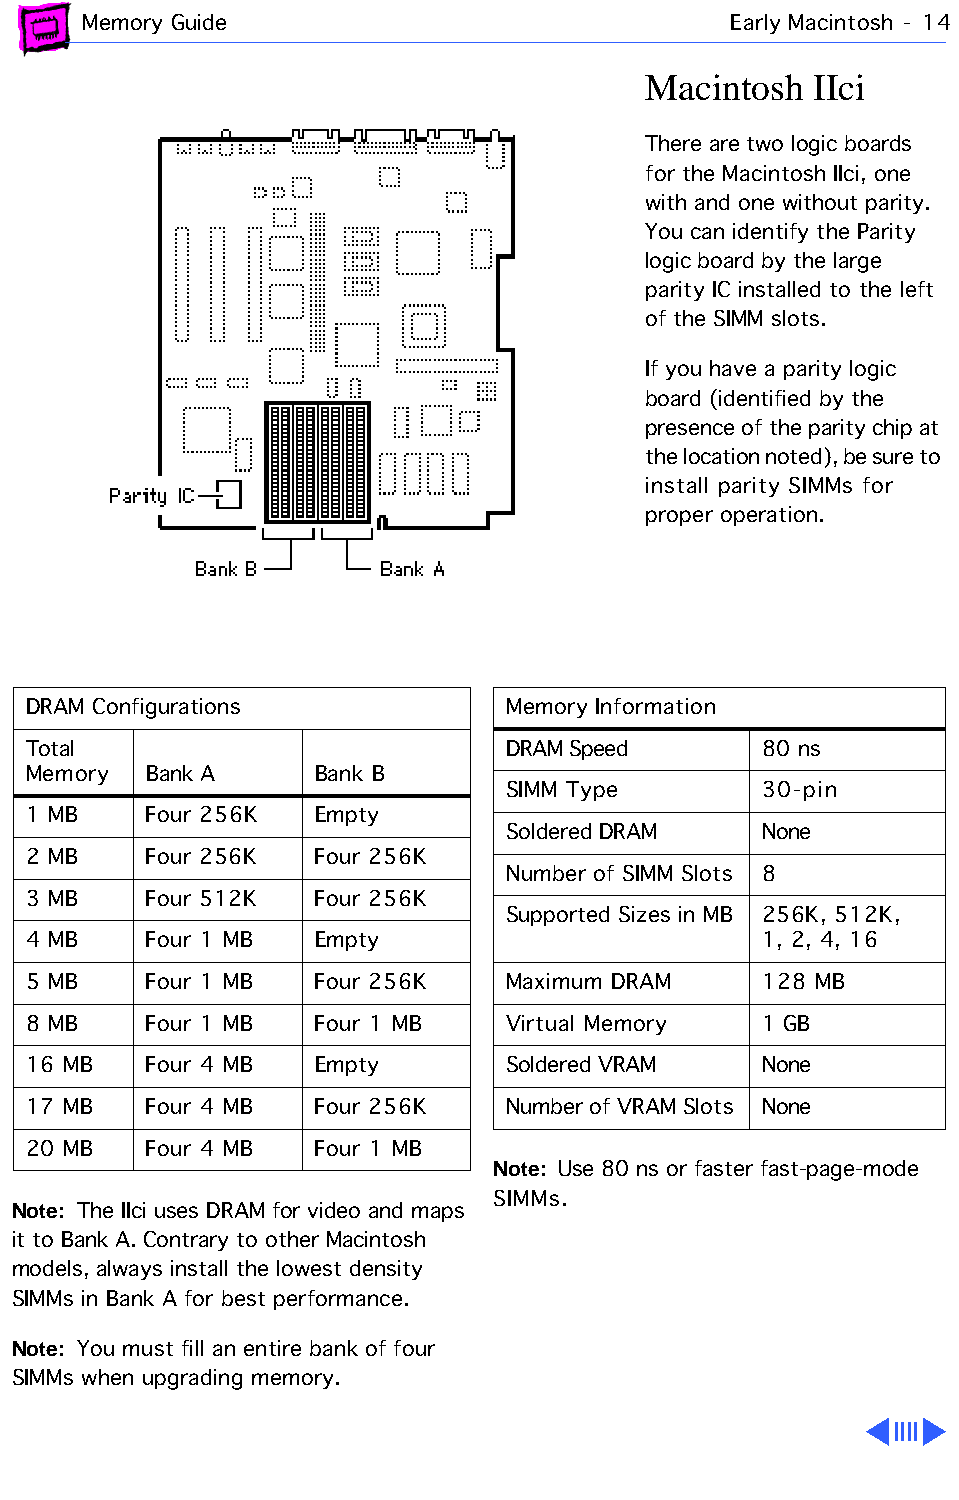
Memory Guide                               Early Macintosh - 14
 Macintosh  IIci
 There are two logic boards
 for the Macintosh IIci, one
 with and one without parity.
 You can identify the Parity
 logic board by the large
 parity IC installed to the left
 of the SIMM slots.
 If you have a parity logic
 board (identified by the
 presence of the parity chip at
 the location noted), be sure to
 install parity SIMMs for
 proper operation.
 DRAM Configurations             Memory Information
 Total                           DRAM Speed       80 ns
 Memory  Bank A     Bank B
 SIMM Type        30-pin
 1 MB    Four 256K  Empty
 Soldered DRAM    None
 2 MB    Four 256K  Four 256K
 Number of SIMM Slots 8
 3 MB    Four 512K  Four 256K
 Supported Sizes in MB 256K, 512K,
 4 MB    Four 1 MB  Empty                         1, 2, 4, 16
 5 MB    Four 1 MB  Four 256K    Maximum DRAM     128 MB
 8 MB    Four 1 MB  Four 1 MB    Virtual Memory   1 GB
 16 MB   Four 4 MB  Empty        Soldered VRAM    None
 17 MB   Four 4 MB  Four 256K    Number of VRAM Slots None
 20 MB   Four 4 MB  Four 1 MB
 Note: Use 80 ns or faster fast-page-mode
 SIMMs.
 Note: The IIci uses DRAM for video and maps
 it to Bank A. Contrary to other Macintosh
 models, always install the lowest density
 SIMMs in Bank A for best performance.
 Note: You must fill an entire bank of four
 SIMMs when upgrading memory.